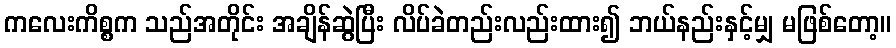
ကလေးကိစ္စက သည်အတိုင်း အချိန်ဆွဲပြီး လိပ်ခဲတည်းလည်းထား၍ ဘယ်နည်းနှင့်မျှ မဖြစ်တော့။